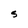
Character: s